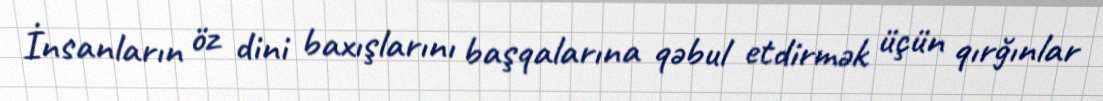
İnsanların öz dini baxışlarını başqalarına qəbul etdirmək üçün qırğınlar